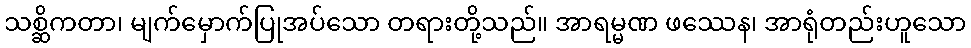
သစ္ဆိကတာ၊ မျက်မှောက်ပြုအပ်သော တရားတို့သည်။ အာရမ္မဏ ဖဿေန၊ အာရုံတည်းဟူသော